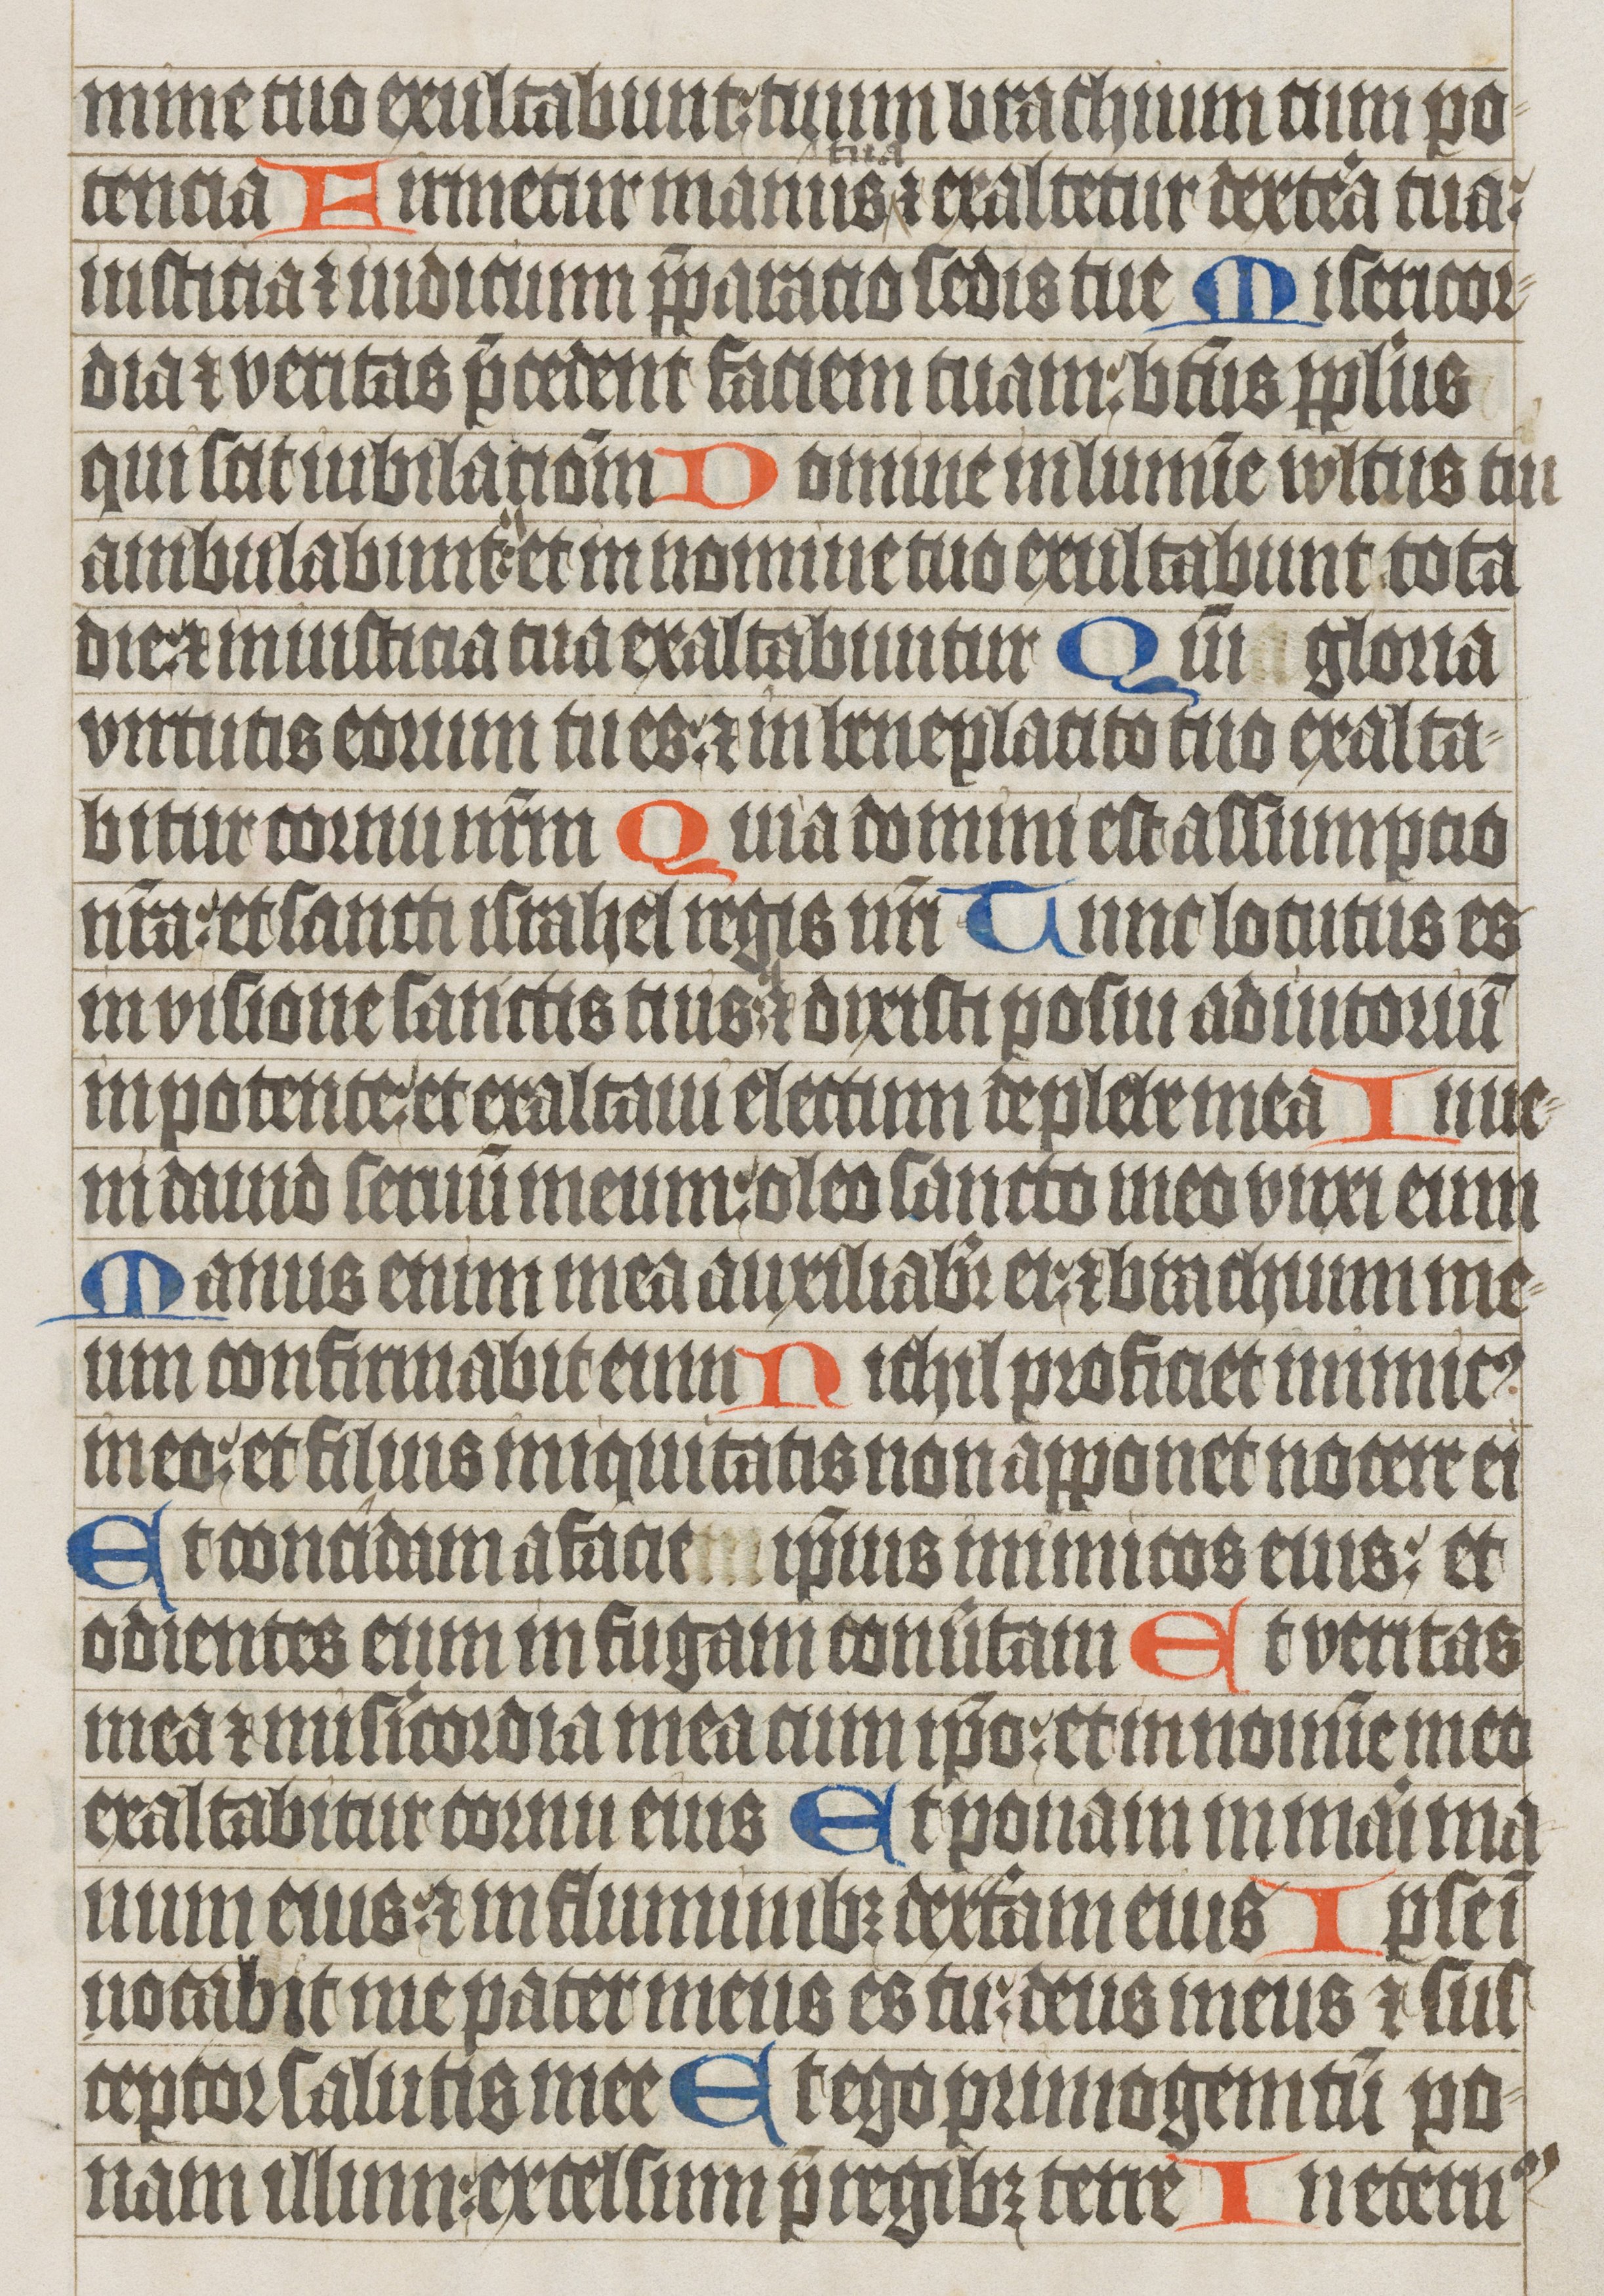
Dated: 1485–1515